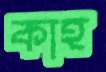
কাহ